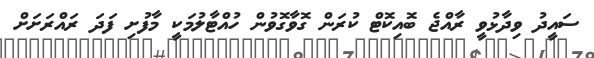
ސައީދު ވިދާޅުވީ ރާއްޖެ ބޮއިކޮޓް ކުރަން ގޮވާގޮވުން ހުއްޓާލުމަކީ މާފުށި ފަދަ ރައްރަށަށް